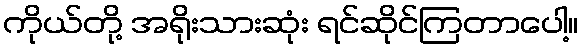
ကိုယ်တို့ အရိုးသားဆုံး ရင်ဆိုင်ကြတာပေါ့။